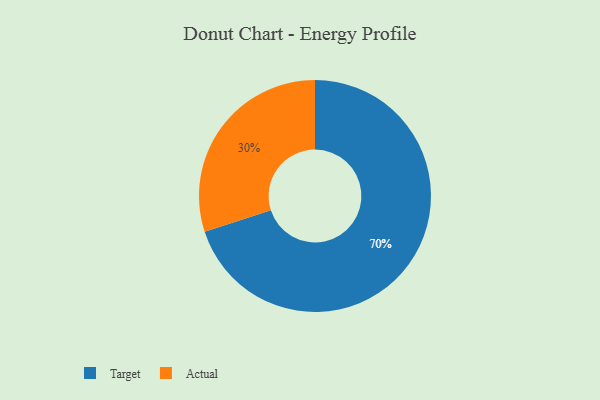
{"axis": {"x": "Category", "y": "Percentage"}, "legend": ["Actual", "Target"], "data": [{"x": "Target", "y": 70, "type": "Target"}, {"x": "Actual", "y": 30, "type": "Actual"}]}